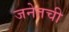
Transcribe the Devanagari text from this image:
जनेतची